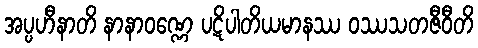
အပ္ပဟီနာတိ နာနာဝဏ္ဏေ ပဋိပါတိယမာနဿ ဝဿသတဇီဝီတိ